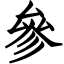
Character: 參